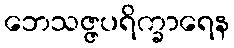
ဘေသဇ္ဇပရိက္ခာရေန